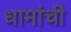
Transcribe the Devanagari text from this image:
धामांची